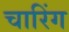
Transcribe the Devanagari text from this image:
चारिंग